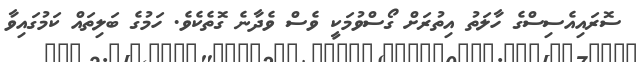
ސޮރައިއެސިސްގެ ހާލަތު އިތުރަށް ގޯސްވުމަކީ ވެސް ވެދާނެ ގޮތެކެވެ. ހަމުގެ ބަލިތައް ކަމުގައިވާ